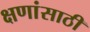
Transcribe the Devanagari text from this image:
क्षणांसाठी